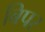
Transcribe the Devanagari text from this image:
बिपर